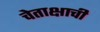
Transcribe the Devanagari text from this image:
चेताक्षाची